Report of the King Institute of Preventive Medicine, Guindy
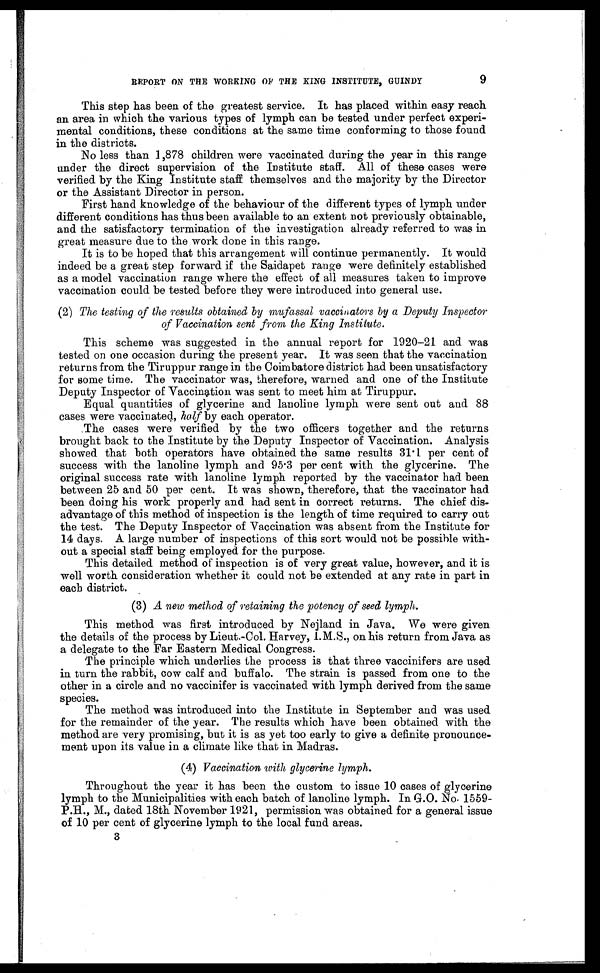
9
REPORT ON THE WORKING OF THE KING INSTITUTE, GUINDY
This step has been of the greatest service. It has placed within easy reach
an area in which the various types of lymph can be tested under perfect experi
¬ m e n t a l c o n d i t i o n s , t h e s e c o n d i t i o n s a t t h e s a m e t i m e c o n f o r m i n g t o t h o s e f o u n d
in the districts.
No less than 1,878 children were vaccinated during the year in this range
under the direct supervision of the Institute staff. All of these cases were
verified by the King Institute staff themselves and the majority by the Director
or the Assistant Director in person.
First hand knowledge of the behaviour of the different types of lymph under
different conditions has thus been available to an extent not previously obtainable,
and the satisfactory termination of the investigation already referred to was in
great measure due to the work done in this range.
It is to be hoped that this arrangement will continue permanently. It would
indeed be a great step forward if the Saidapet range were definitely established
as a model vaccination range where the effect of all measures taken to improve
vaccination could be tested before they were introduced into general use.
(2) The testing of the results obtained by mufassal vaccinators by a Deputy Inspector
of Vaccination sent from the King Institute.
This scheme was suggested in the annual report for 1920–21 and was
tested on one occasion during the present year. It was seen that the vaccination
returns from the Tiruppur range in the Coimbatore district had been unsatisfactory
for some time. The vaccinator was, therefore, warned and one of the Institute
Deputy Inspector of Vaccination was sent to meet him at Tiruppur.
Equal quantities of glycerine and lanoline lymph were sent out and 88
cases were vaccinated, half by each operator.
The cases were verified by the two officers together and the returns
brought back to the Institute by the Deputy Inspector of Vaccination. Analysis
showed that both operators have obtained the same results 31 . 1 per cent of
success with the lanoline lymph and 95.3 per cent with the glycerine. The
original success rate with lanoline lymph reported by the vaccinator had been
between 25 and 50 per cent. It was shown, therefore, that the vaccinator had
been doing his work properly and had sent in correct returns. The chief dis
¬ a d v a n t a g e o f t h i s m e t h o d o f i n s p e c t i o n i s t h e l e n g t h o f t i m e r e q u i r e d t o c a r r y o u t
the test. The Deputy Inspector of Vaccination was absent from the Institute for
14 days. A large number of inspections of this sort would not be possible with-
out a special staff being employed for the purpose.
This detailed method of inspection is of very great value, however, and it is
well worth consideration whether it could not be extended at any rate in part in
each district.
(3) A new method of retaining the potency of seed lymph.
This method was first introduced by Nejland in Java. We were given
the details of the process by Lieut.-Col. Harvey, I.M.S., on his return from Java as
a delegate to the Far Eastern Medical Congress.
The principle which underlies the process is that three vaccinifers are used
in turn the rabbit, cow calf and buffalo. The strain is passed from one to the
other in a circle and no vaccinifer is vaccinated with lymph derived from the same
species.
The method was introduced into the Institute in September and was used
for the remainder of the year. The results which have been obtained with the
method are very promising, but it is as yet too early to give a definite pronounce
¬ m e n t u p o n i t s v a l u e i n a c l i m a t e l i k e t h a t i n M a d r a s .
(4) Vaccination with glycerine lymph.
Throughout the year it has been the custom to issue 10 cases of glycerine
lymph to the Municipalities with each batch of lanoline lymph. In G.O. No. 1559-
P.H., M., dated 18th November 1921, permission was obtained for a general issue
of 10 per cent of glycerine lymph to the local fund areas.
3